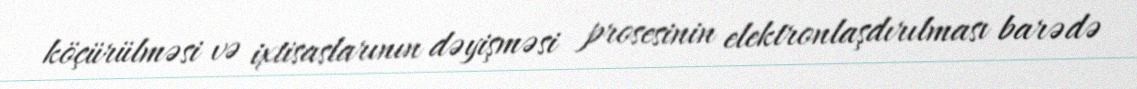
köçürülməsi və ixtisaslarının dəyişməsi prosesinin elektronlaşdırılması barədə